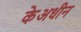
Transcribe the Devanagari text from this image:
केअधीन